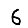
Digit: 6